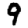
Digit: 9